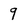
Character: 9